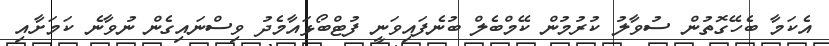
އެކަމާ ބެހޭގޮތުން ސުވާލު ކުރުމުން ކޭމްބެލް ބުނެފައިވަނީ ފުޓްބޯޅައާމެދު ވިސްނައިގެން ނުވާނެ ކަމަށާއި